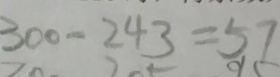
3 0 0 - 2 4 3 = 5 7